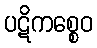
ပဋိကစ္စေဝ